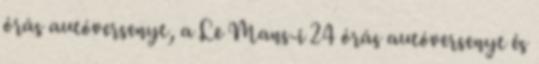
órás autóversenyt, a Le Mans-i 24 órás autóversenyt és